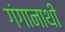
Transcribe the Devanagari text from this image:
गंगानाथी